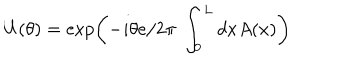
LaTeX: U ( \theta ) = \exp \left( - i \theta { e } / { 2 \pi } ~ \int _ { 0 } ^ { L } d x A ( x ) \right)